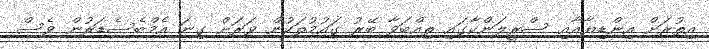
އިތުރަށް އިންޑިޔާއާއި ސްރީލަންކާގައި ތިއްބަވާ ބޭރު ގައުމުތަކުން ވަރަށް ގިނަ އެމްބެސެޑަރުން ވެސް